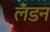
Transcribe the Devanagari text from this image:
लॅंडन